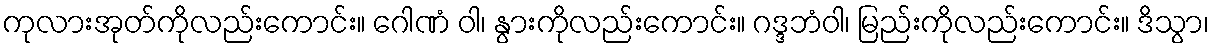
ကုလားအုတ်ကိုလည်းကောင်း။ ဂေါဏံ ဝါ၊ နွားကိုလည်းကောင်း။ ဂဒ္ဒဘံဝါ၊ မြည်းကိုလည်းကောင်း။ ဒိသွာ၊